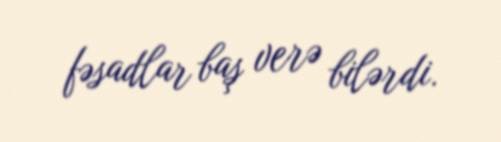
fəsadlar baş verə bilərdi.